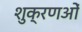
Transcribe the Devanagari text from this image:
शुक्रणओं